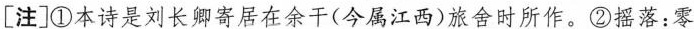
[注]①本诗是刘长卿寄居在余干(今属江西)旅舍时所作。②摇落：零